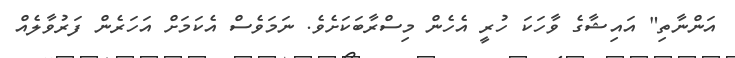
އަންނާތި" އައިޝާގެ ވާހަކަ ހުރީ އެހެން މިސްރާބަކަށެވެ. ނަމަވެސް އެކަމަށް އަހަރެން ފަރުވާލެއް